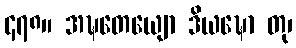
၄၇၈။ အဍ္ဎတေယျော ဒိယဍ္ဎော တု၊